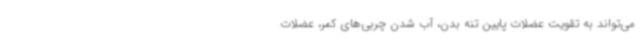
می‌تواند به تقویت عضلات پایین تنه بدن، آب شدن چربی‌های کمر، عضلات